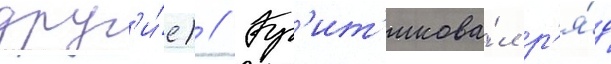
друг'и́е) // Кр'ит'икова́л р'я́д